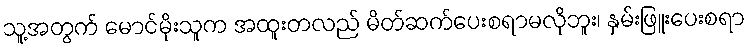
သူ့အတွက် မောင်မိုးသူက အထူးတလည် မိတ်ဆက်ပေးစရာမလိုဘူး၊ နှမ်းဖြူးပေးစရာ